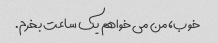
خوب، من می خواهم یک ساعت بخرم.